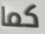
كما